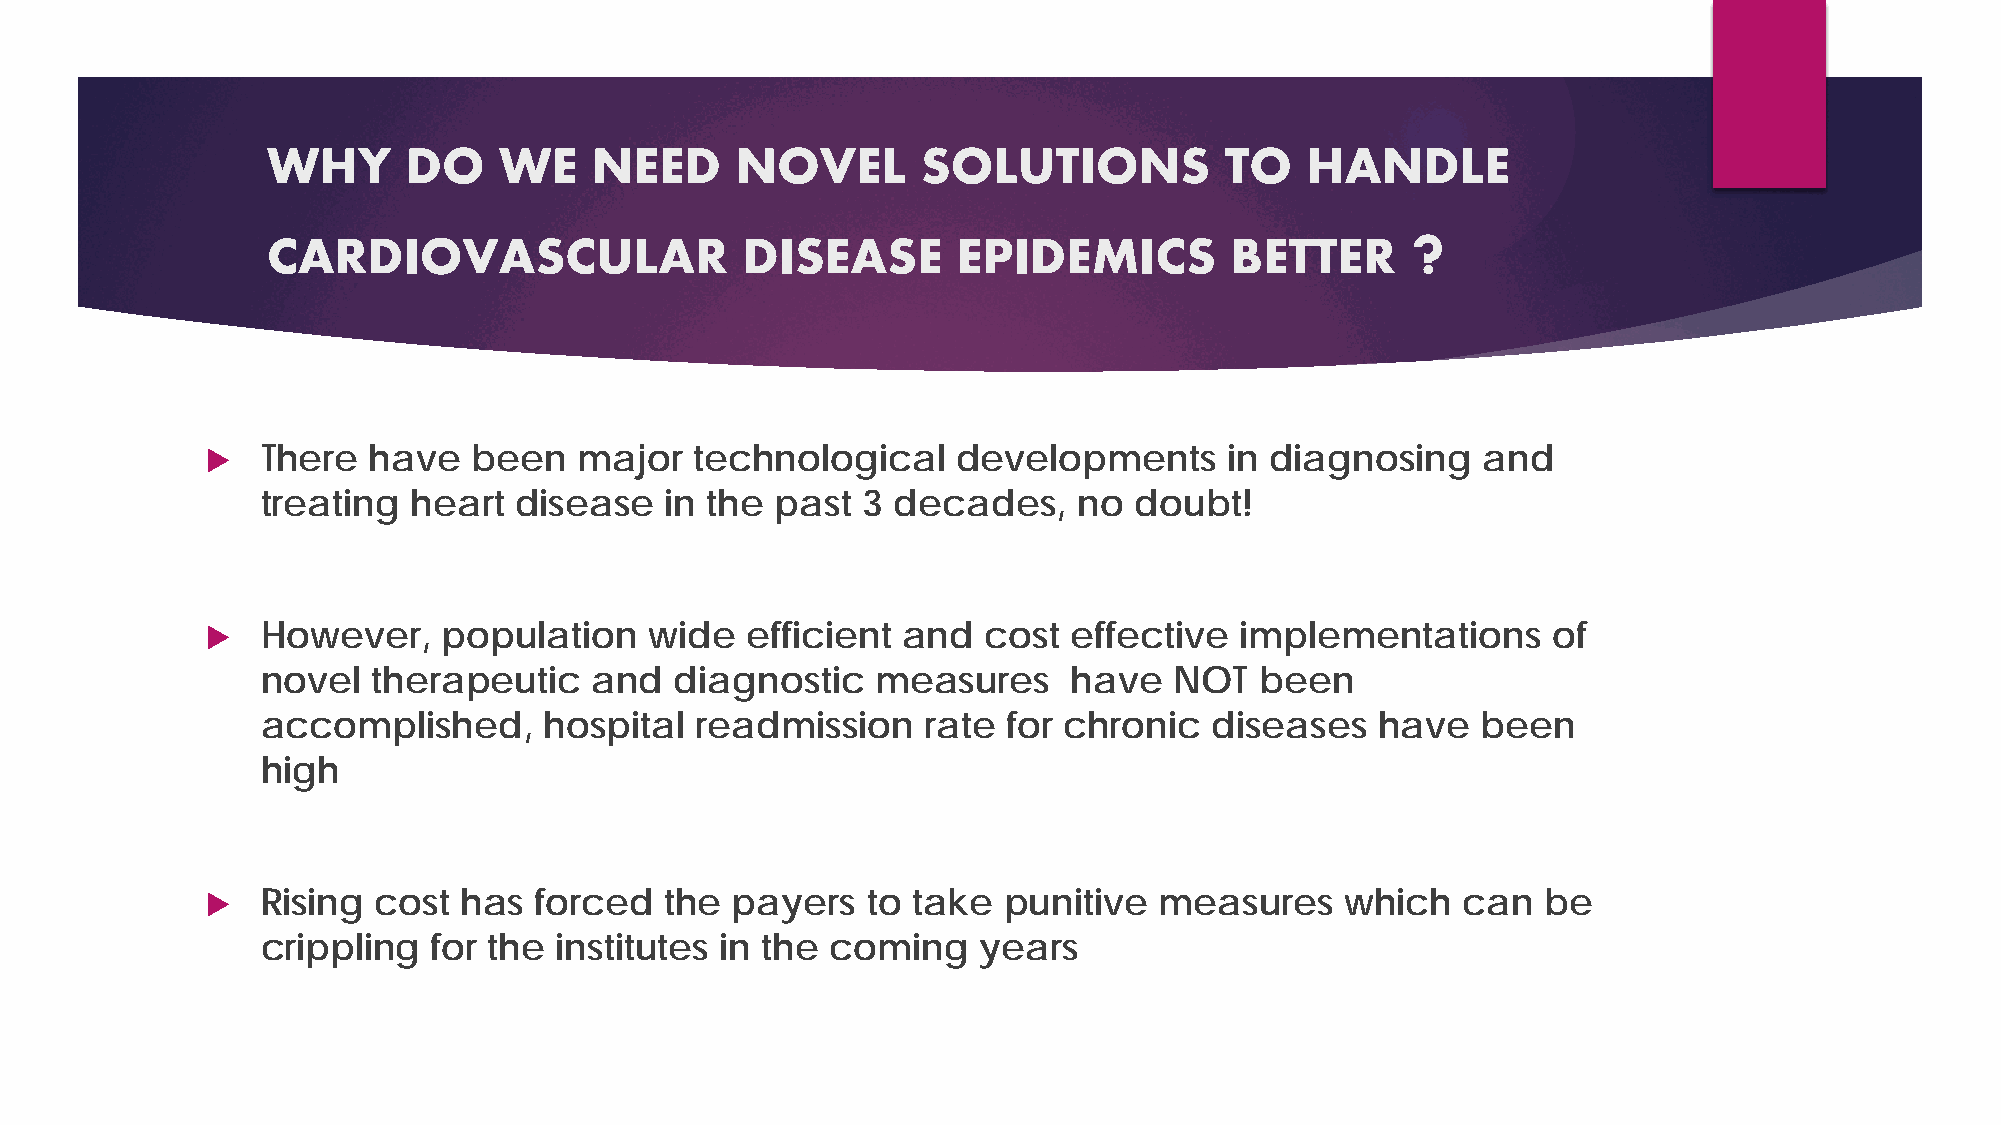
WHY      DO    WE    NEED      NOVEL       SOLUTIONS           TO   HANDLE
 ?
 CARDIOVASCULAR                 DISEASE       EPIDEMICS         BETTER
   There  have   been   major   technological    developments      in diagnosing    and
 treating  heart  disease   in the past  3 decades,    no  doubt!
   However,    population    wide  efficient  and  cost  effective  implementations      of
 novel   therapeutic   and   diagnostic   measures     have   NOT  been
 accomplished,      hospital  readmission    rate  for chronic  diseases   have   been
 high
   Rising  cost  has forced   the payers   to take  punitive   measures    which   can  be
 crippling   for the institutes in the coming    years